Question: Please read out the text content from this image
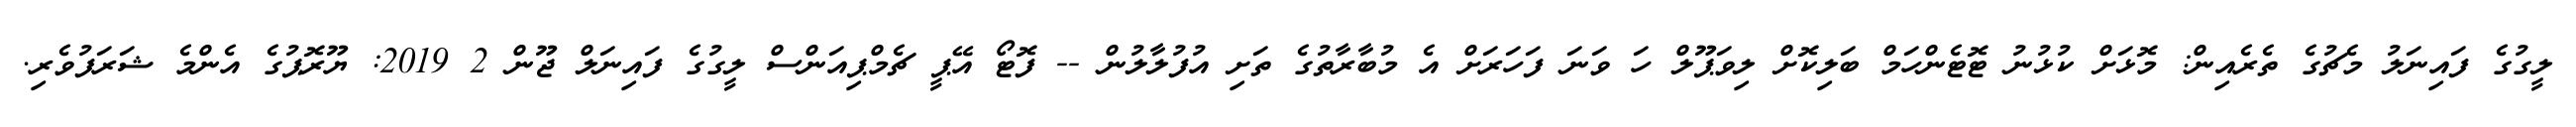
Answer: ލީގުގެ ފައިނަލު މެޗުގެ ތެރެއިން: މޮޅަށް ކުޅުނު ޓޮޓެންހަމް ބަލިކޮށް ލިވަޕޫލް ހަ ވަނަ ފަހަރަށް އެ މުބާރާތުގެ ތަށި އުފުލާލުން -- ފޮޓޯ އޭޕީ ޗެމްޕިއަންސް ލީގުގެ ފައިނަލް ޖޫން 2 2019: ޔޫރޮޕުގެ އެންމެ ޝަރަފުވެރި.